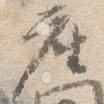
座